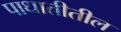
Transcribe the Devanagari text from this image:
पाधातीतील